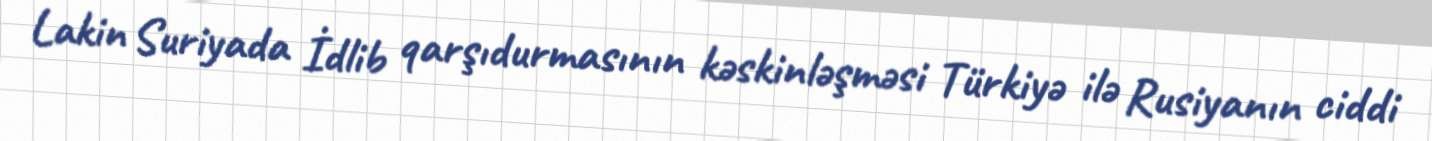
Lakin Suriyada İdlib qarşıdurmasının kəskinləşməsi Türkiyə ilə Rusiyanın ciddi